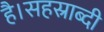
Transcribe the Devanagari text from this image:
है।सहस्राब्दी